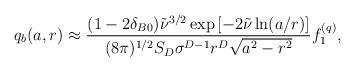
LaTeX: \begin{align*} q_b(a,r)\approx \frac{(1-2\delta _{B0})\tilde \nu ^{3/2}\exp\left[ -2 \tilde \nu \ln(a/r)\right] }{(8\pi )^{1/2}S_D\sigma ^{D-1}r^D\sqrt{a^2-r^2}}f_1^{(q)},\end{align*}